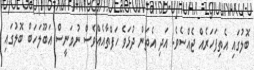
ބޮލުގައި އެތިފަހަރެއް ޖެއްސެވެ. އަދި އެތަން ދުޅަވެ ހަފްތާއެއްވެސް ނުވަނީސް އަބޫލަހަބް ބޮލުގައި